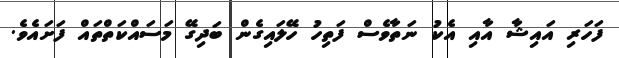
ފަހަރި އައިޝާ އާއި އެކު ނަތާވެސް ފަތިހު ހޭލައިގެން ބަދިގޭ މަސައްކަތްތައް ފަށައެވެ.